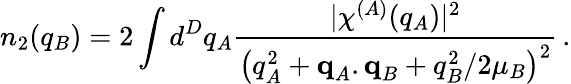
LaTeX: n_{2}(q_{B})=2\int d^{D}q_{A}\frac{\lvert\chi^{(A)}(q_{A})\rvert^{2}}{\left(q_{A}^{2}+\textbf{q}_{A}.\textbf{q}_{B}+q_{B}^{2}/2\mu_{B}\right)^{2}}\, .